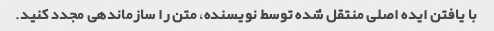
با یافتن ایده اصلی منتقل شده توسط نویسنده، متن را سازماندهی مجدد کنید.